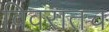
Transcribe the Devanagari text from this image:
विवरातच